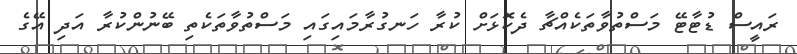
ރައީސް ޑުޓާޓޭ މަސްތުވާތަކެއްޗާ ދެކޮޅަށް ކުރާ ހަނގުރާމައިގައި މަސްތުވާތަކެތި ބޭނުންކުރާ އަދި އޭގެ